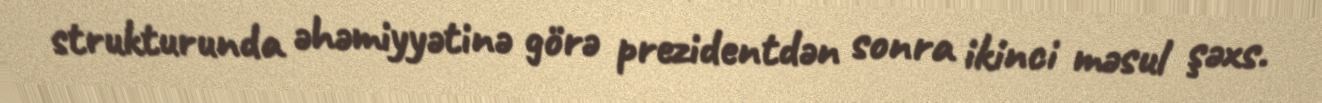
strukturunda əhəmiyyətinə görə prezidentdən sonra ikinci məsul şəxs.